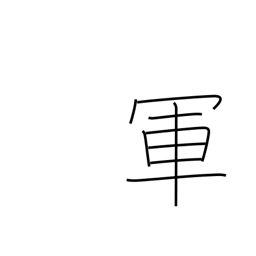
Meaning: battle